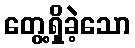
တွေ့ရှိခဲ့သော